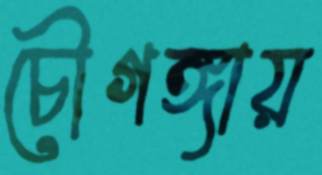
চৌগঙ্গায়